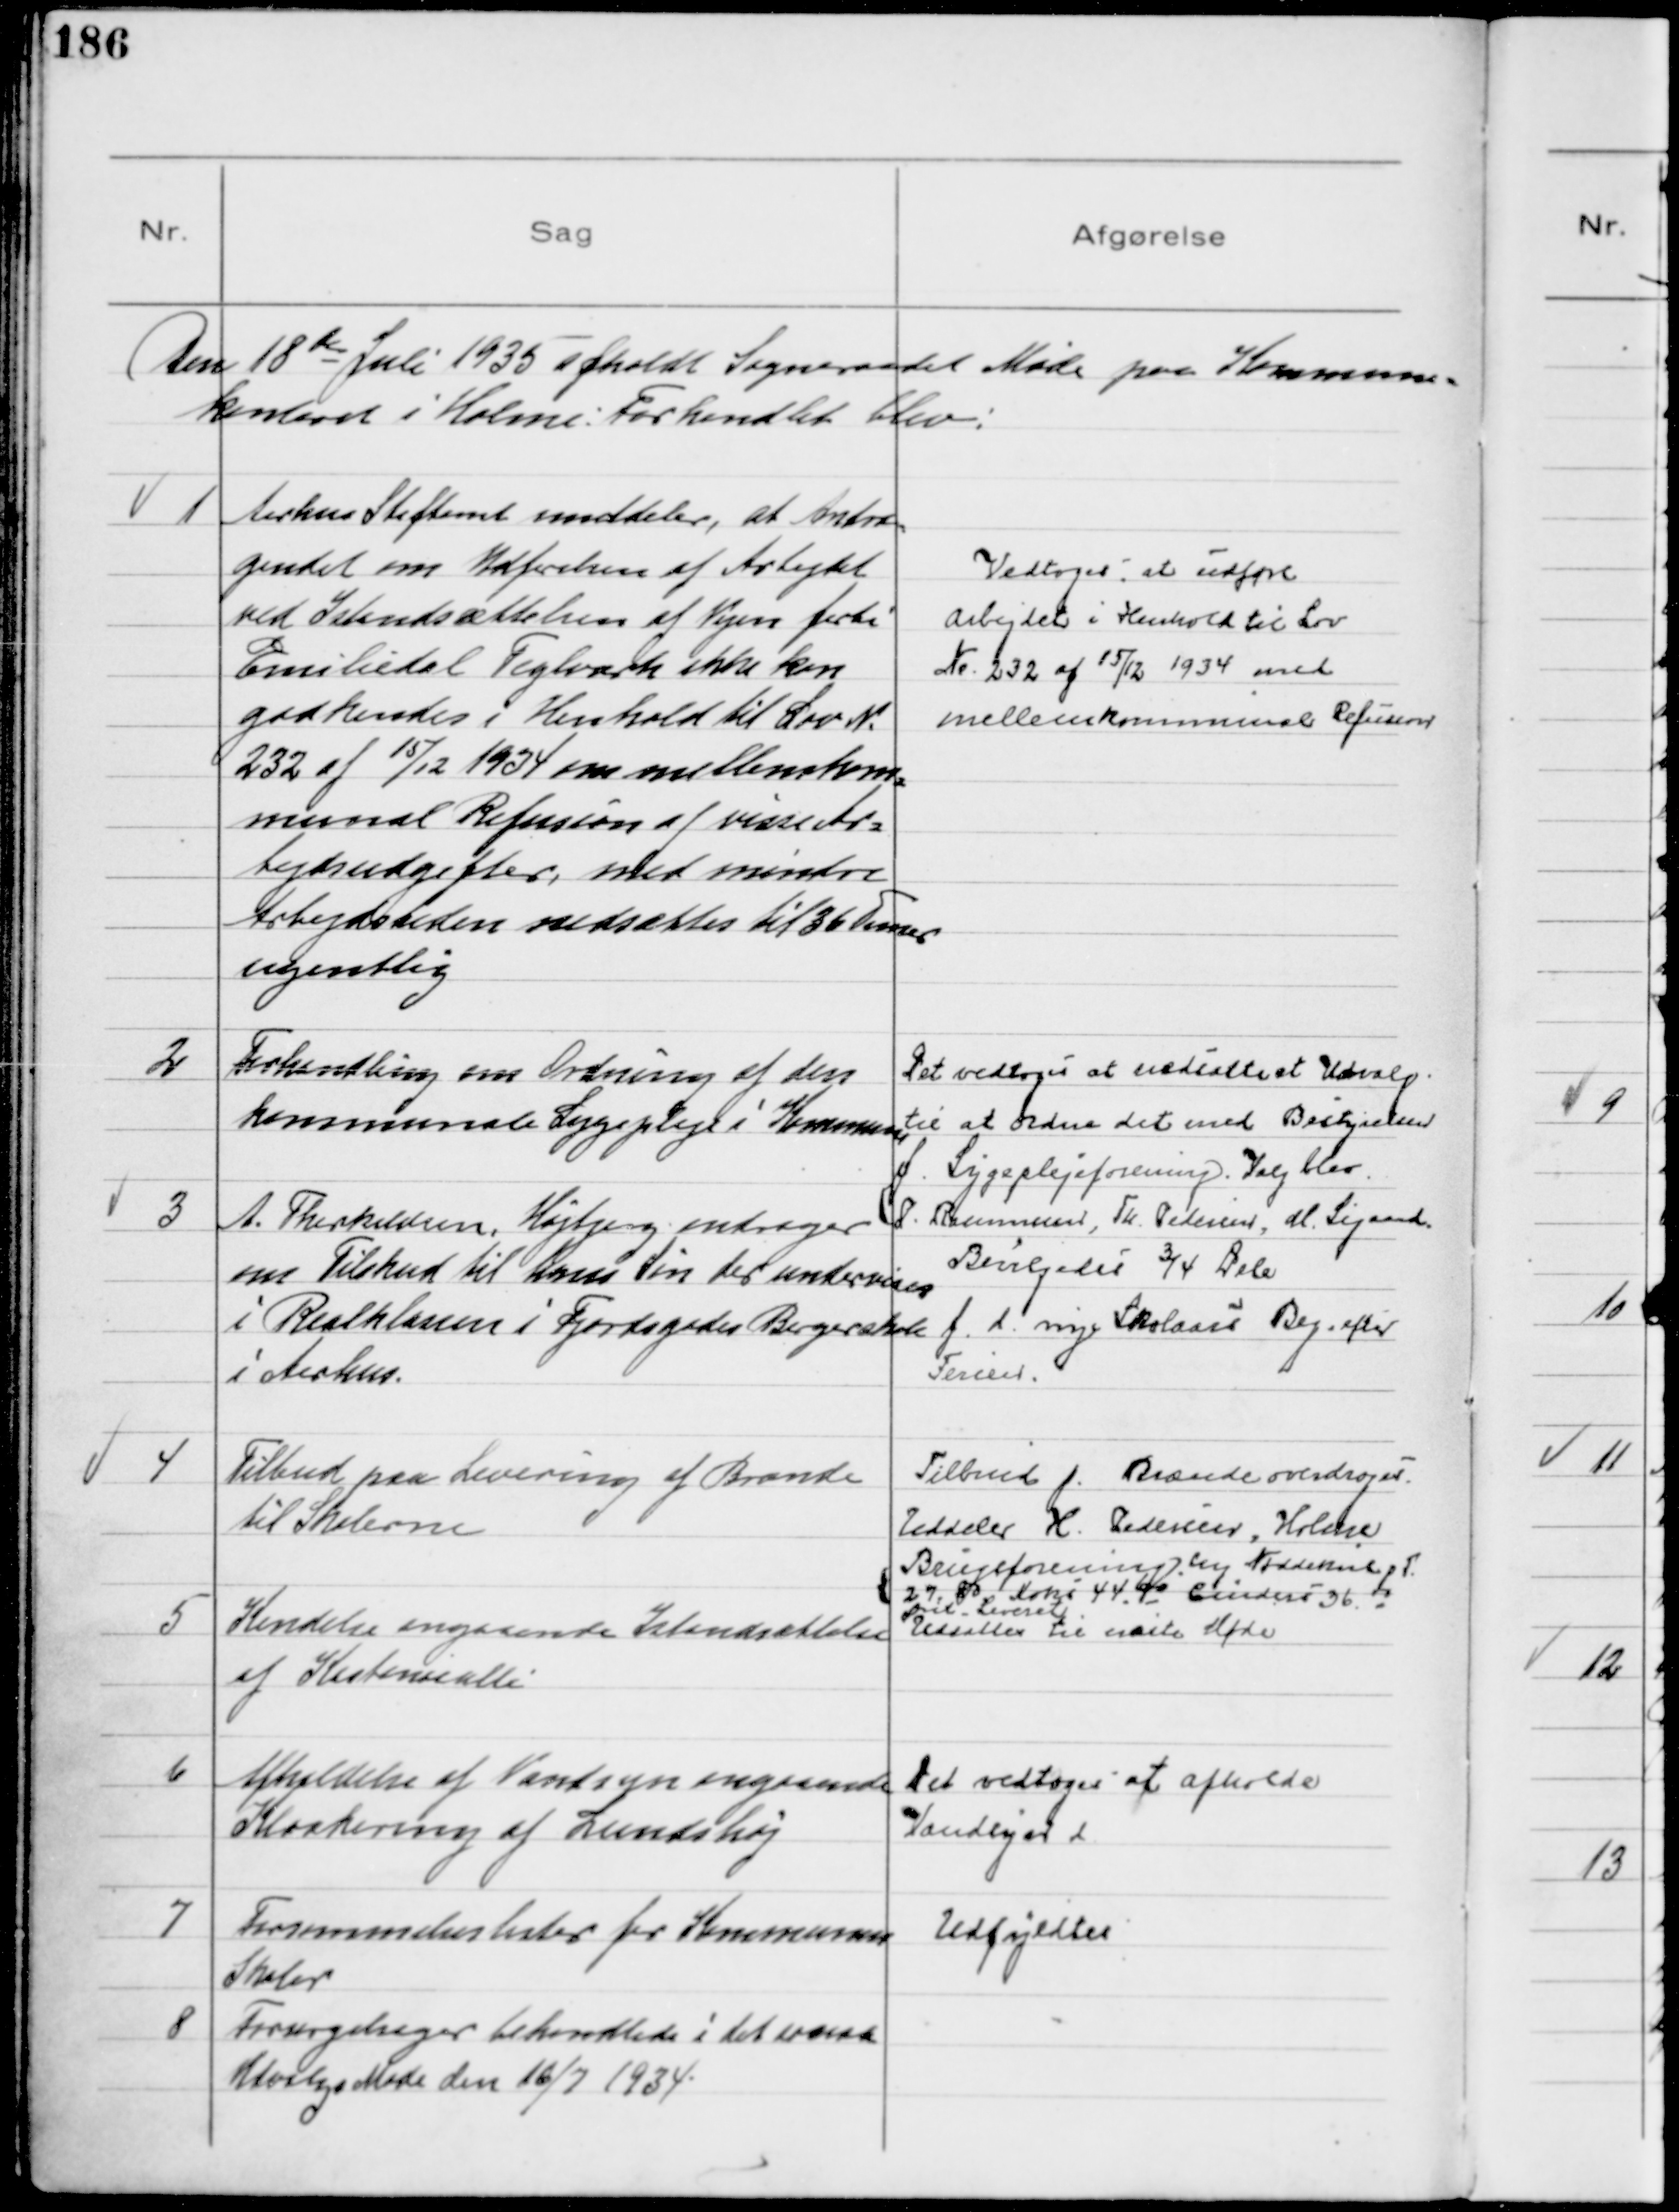
Transskription:
Den 18de Juli 1935 afholdt Sogneraadet Møde paa Kommune-
kontoret i Holme: Forhandlet blev:

1
Aarhus Stiftamt meddeler, at Andra=
gendet om Udførelsen af Arbejdet
ved Istandsættelsen af Vejen forbi
Emiliedal Teglværk ikke kan
godkendes i Henhold til Lov №
232 af 15/12 1934 om mellemkom=
munal Refusion af visse Ar=
bejdsudgifter, med mindre
Arbejdstiden nedsættes til 36 Timer
ugentlig

Vedtoges at udføre
Arbejdet i Henhold til Lov
№ 232 af 15/12 1934 med
mellemkommunal Refusion

2
Forhandling om Ordning af den
kommunale Sygepleje i Kommunen
Det vedtoges at nedsætte et Udvalg
til at ordne det med Bestyrelsen
f. Sygeplejeforening. Valg blev
P. Rasmussen, Th. Pedersen, M. Sigaard.
3
A. Therkildsen, Højbjerg andrager
om Tilskud til hans Søn der undervises
i Realklassen i Fjordsgades Borgerskole
i Aarhus.
Bevilgedes ¾ Dele
f. d. nye Skolaars Beg. efter
Ferien.

4
Tilbud paa Levering af Brænde
til Skolerne
Tilbud f. Brænde overdrages
Uddeler H. Pedersen, Holme
Brugsforening. Ny Nøddekul p T.
27,80, Koks 44.60 Cinders 36.00
frit Leveret
5
Kendelse angaaende Istandsættelse
af Kastaniealle
Udsattes til næste Møde

6
Afholdelse af Vandsyn angaaende
Kloakering af Lundshøj

Det vedtoges at afholde
Vandsyn d.

7
Forsømmelseslister for Kommunens
Skoler

Udfyldtes

8
Forsørgelsager behandled i det sociale
Udvalgs Møde den 16/7 1934